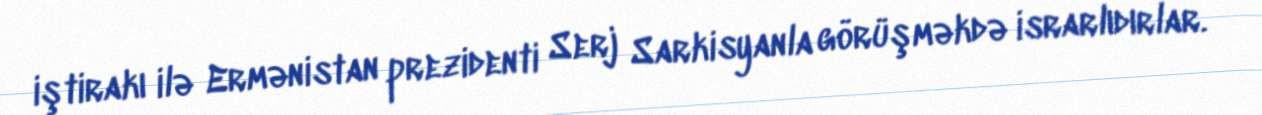
iştirakı ilə Ermənistan prezidenti Serj Sarkisyanla görüşməkdə israrlıdırlar.